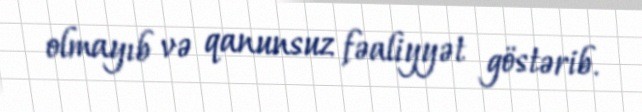
olmayıb və qanunsuz fəaliyyət göstərib.